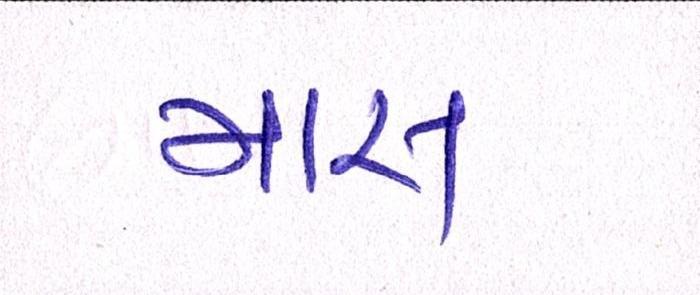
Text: માસ